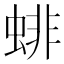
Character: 𧍃